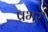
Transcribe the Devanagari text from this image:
प्रभर